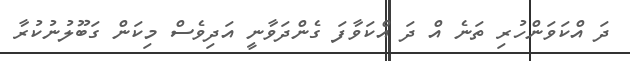
ދަ އްކަވަންހުރި ތަނެ އް ދަ އްކަވާފަ ގެންދަވާނީ އަދިވެސް މިކަން ގަބޫލުނުކުރާ